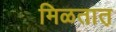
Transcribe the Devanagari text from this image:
मिळतात़